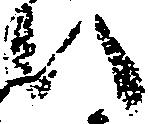
い